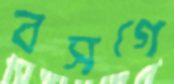
বসগে